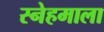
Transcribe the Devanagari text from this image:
स्नेहमाला